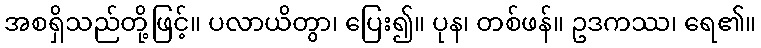
အစရှိသည်တို့ဖြင့်။ ပလာယိတွာ၊ ပြေး၍။ ပုန၊ တစ်ဖန်။ ဥဒကဿ၊ ရေ၏။